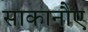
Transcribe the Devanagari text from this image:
साकानौए